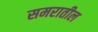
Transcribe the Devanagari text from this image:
समरातील